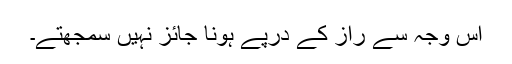
اس وجہ سے راز کے درپے ہونا جائز نہیں سمجھتے۔